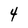
Character: 4